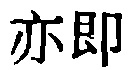
亦即